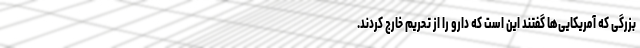
بزرگی که آمریکایی‌ها گفتند این است که دارو را از تحریم خارج کردند.